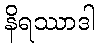
နိရဿာဒါ